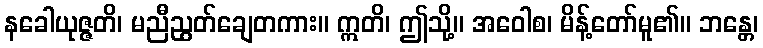
နခေါယုဇ္ဇတိ၊ မညီညွတ်ချေတကား။ ဣတိ၊ ဤသို့။ အဝေါစ၊ မိန့်တော်မူ၏။ ဘန္တေ၊